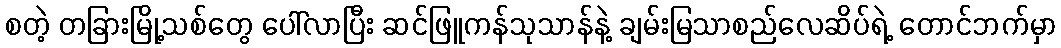
စတဲ့ တခြားမြို့သစ်တွေ ပေါ်လာပြီး ဆင်ဖြူကန်သုသာန်နဲ့ ချမ်းမြသာစည်လေဆိပ်ရဲ့ တောင်ဘက်မှာ